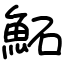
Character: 鮖